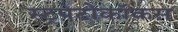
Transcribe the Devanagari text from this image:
स्ट्रपेटोकॉकस